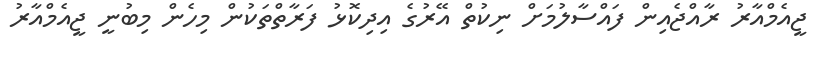
ޖީއެމްއާރު ރާއްޖެއިން ފައްސާލުމަށް ނިކުތް އޭރުގެ އިދިކޮޅު ފަރާތްތަކުން މިހެން މިބުނީ ޖީއެމްއާރު